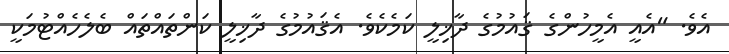
އެވެ. "އެއީ އެމީހުންގެ ޤައުމުގެ ދާޚިލީ ކަމެކެވެ. އެޤައުމުގެ ދާޚިލީ ކަންތައްތައް ބެލެހެއްޓުމަކީ